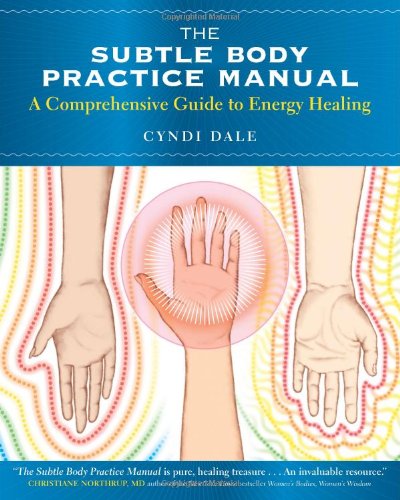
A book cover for The Subtle Body Practice Manual: A Comprehensive Guide to Energy Healing; Cyndi Dale; Health, Fitness & Dieting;